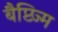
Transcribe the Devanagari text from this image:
बैप्टिज्म